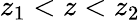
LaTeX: z_{1}<z<z_{2}